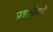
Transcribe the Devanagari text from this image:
प्रश्नाभोवती